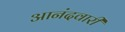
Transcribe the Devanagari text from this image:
आनंदवारी